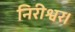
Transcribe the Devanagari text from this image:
निरीश्वर।